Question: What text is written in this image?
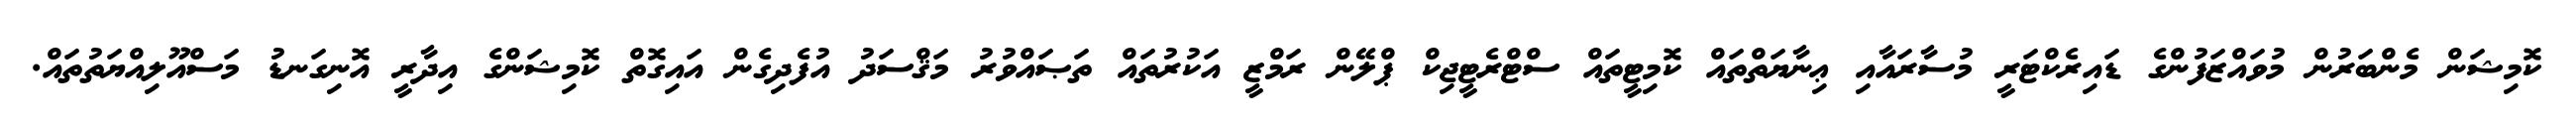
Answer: ކޮމިޝަން މެންބަރުން މުވައްޒަފުންގެ ޑައިރެކްޓަރީ މުސާރައާއި ޢިނާޔަތްތައް ކޮމިޓީތައް ސްޓްރެޓީޖިކް ޕްލޭން ރަމްޒީ އަކުރުތައް ތަޞައްވުރު މަޤްސަދު އުފެދިގެން އައިގޮތް ކޮމިޝަންގެ އިދާރީ އޮނިގަނޑު މަސްއޫލިއްޔަތުތައް.